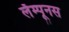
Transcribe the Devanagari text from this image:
लॅम्पूनस